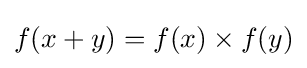
f(x+y)=f(x)\times f(y)